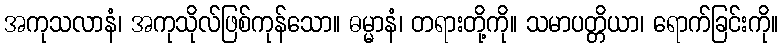
အကုသလာနံ၊ အကုသိုလ်ဖြစ်ကုန်သော။ ဓမ္မာနံ၊ တရားတို့ကို။ သမာပတ္တိယာ၊ ရောက်ခြင်းကို။